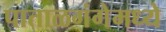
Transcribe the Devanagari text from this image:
पाताळगंगेमध्ये